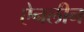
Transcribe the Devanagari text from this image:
ऐनलीन